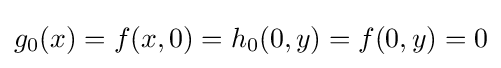
g_{0}(x)=f(x,0)=h_{0}(0,y)=f(0,y)=0